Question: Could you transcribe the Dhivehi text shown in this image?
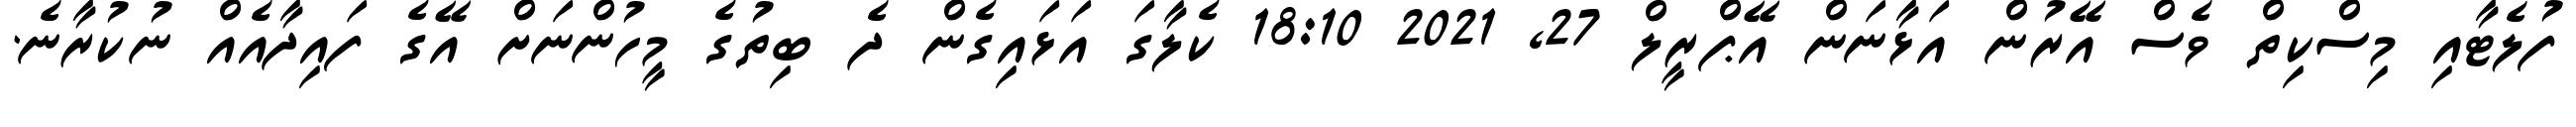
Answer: ފުލެޓާއި މިސްކިތް ވެސް އޭރުން އަޅާނަން އޭޕްރީލް 27, 2021 18:10 ކެލާގަ އަޅައިގެން ދެ ބިތުގެ މީހުންނަށް އޭގެ ފައިދާއެއް ނުކުރާނެ.